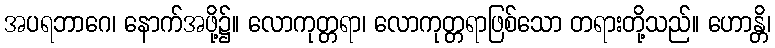
အပရဘာဂေ၊ နောက်အဖို့၌။ လောကုတ္တရာ၊ လောကုတ္တရာဖြစ်သော တရားတို့သည်။ ဟောန္တိ၊